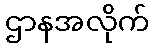
ဌာနအလိုက်